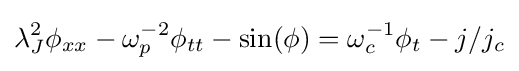
\lambda _{J}^{2}\phi _{xx}-\omega _{p}^{-2}\phi _{tt}-\sin(\phi )=\omega _{c}^{-1}\phi _{t}-j/j_{c}